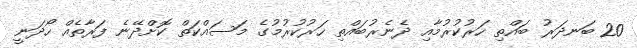
20 ބަނދަރު ބައްތި ހަރުކުރުމާއި ދެނެރުބައްތި ހަރުކުރުމުގެ މަސައްކަތް ކޮށްދޭނެ ފަރާތެއް ހޯދަނީ